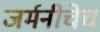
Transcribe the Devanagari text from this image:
जर्मनीचेच